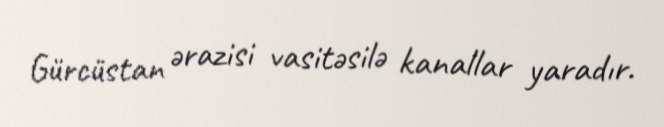
Gürcüstan ərazisi vasitəsilə kanallar yaradır.